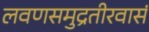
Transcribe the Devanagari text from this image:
लवणसमुद्रतीरवासं